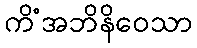
ကိံအဘိနိဝေသာ